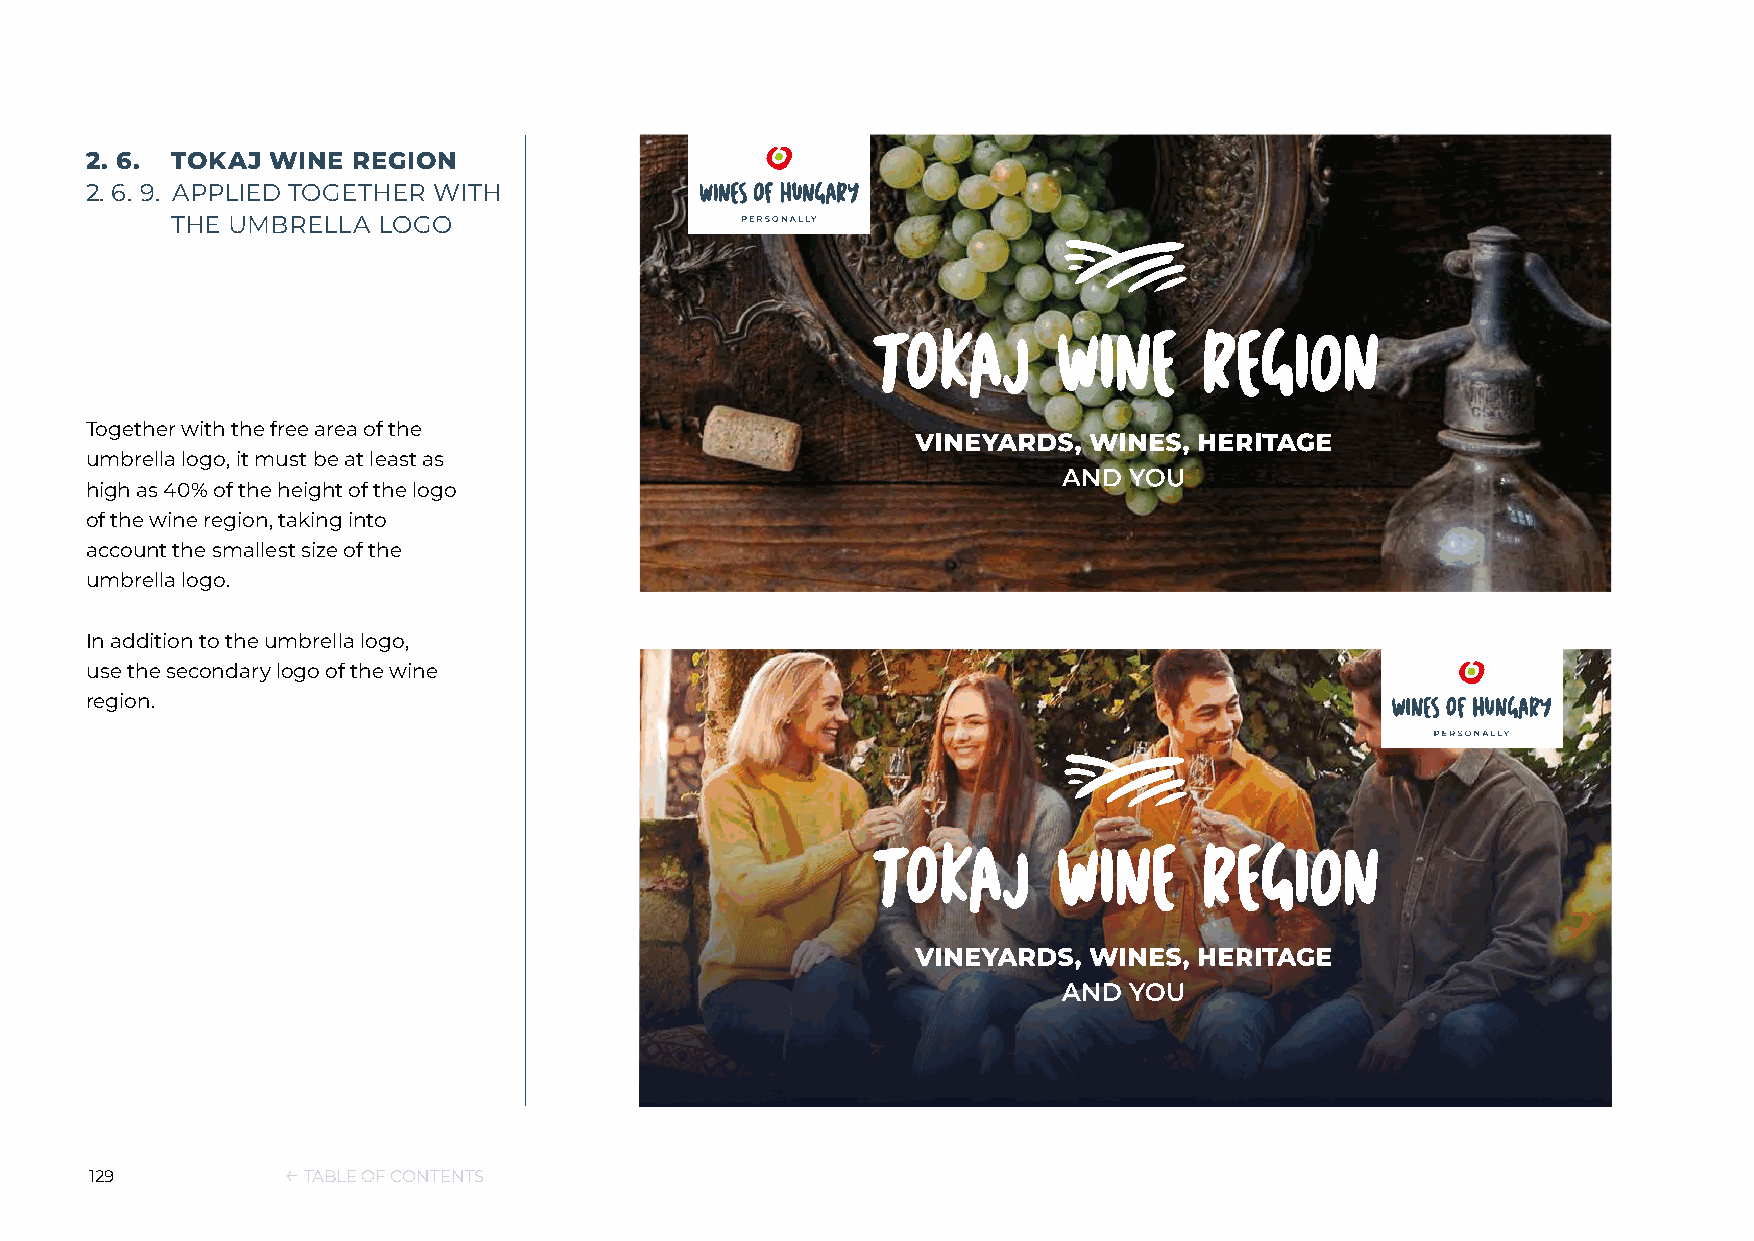
2. 6. TOKAJ WINE REGION
 2. 6. 9. APPLIED TOGETHER WITH
 THE UMBRELLA  LOGO
 Together with the free area of the
 umbrella logo, it must be at least as
 high as 40% of the height of the logo
 of the wine region, taking into
 account the smallest size of the
 umbrella logo.
 In addition to the umbrella logo,
 use the secondary logo of the wine
 region.
 129          ← TABLE OF CONTENTS